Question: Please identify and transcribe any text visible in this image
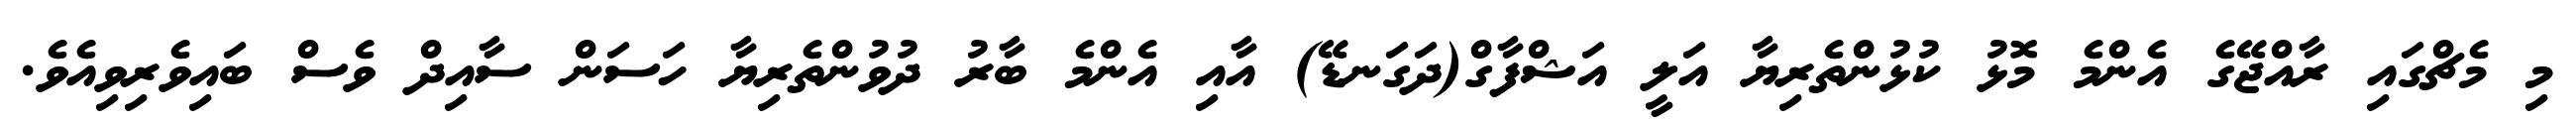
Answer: މި މެޗްގައި ރާއްޖޭގެ އެންމެ މޮޅު ކުޅުންތެރިޔާ އަލީ އަޝްފާގް(ދަގަނޑޭ) އާއި އެންމެ ބާރު ދުވުންތެރިޔާ ހަސަން ސާއިދް ވެސް ބައިވެރިވިއެވެ.